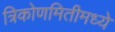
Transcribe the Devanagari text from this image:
त्रिकोणमितीमध्ये